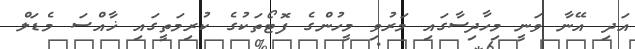
އަދި އޭނާ ވަނީ މިހާދިސާގައި މަރުވި މީހުންގެ ފޮޓޯތަކުގެ ކުރިމަތީގައި ޚާއްސަ މެޑަލް